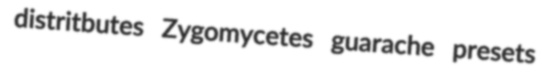
distritbutes Zygomycetes guarache presets